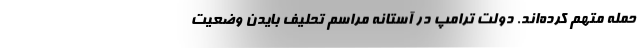
حمله متهم کرده‌اند. دولت ترامپ در آستانه مراسم تحلیف بایدن وضعیت